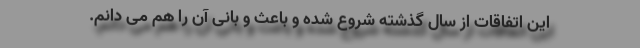
این اتفاقات از سال گذشته شروع شده و باعث و بانی آن را هم می دانم.